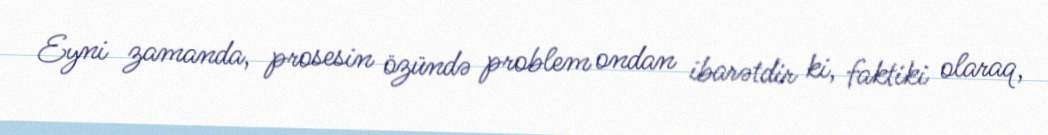
Eyni zamanda, prosesin özündə problem ondan ibarətdir ki, faktiki olaraq,